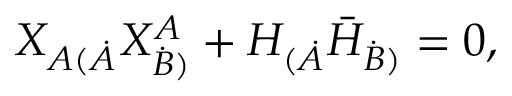
X _ { A ( \dot { A } } X _ { \dot { B } ) } ^ { A } + H _ { ( \dot { A } } \bar { H } _ { \dot { B } ) } = 0 ,